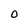
Character: 0